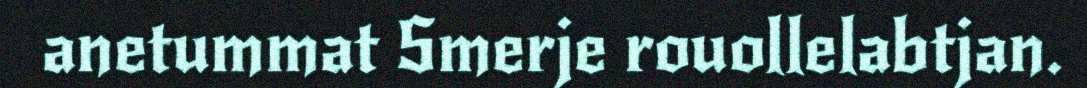
anetummat Smerje rouollelabtjan.